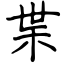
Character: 枼